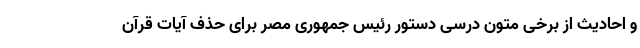
و احادیث از برخی متون درسی دستور رئیس جمهوری مصر برای حذف آیات قرآن